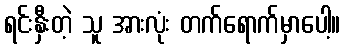
ရင်းနှီးတဲ့ သူ အားလုံး တက်ရောက်မှာပေါ့။